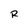
Character: R